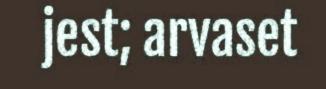
jest; arvaset